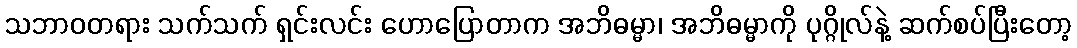
သဘာဝတရား သက်သက် ရှင်းလင်း ဟောပြောတာက အဘိဓမ္မာ၊ အဘိဓမ္မာကို ပုဂ္ဂိုလ်နဲ့ ဆက်စပ်ပြီးတော့